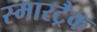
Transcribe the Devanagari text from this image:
स्मारट्रैक